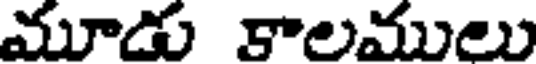
మూడు కాలములు